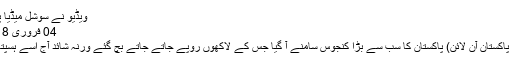
ویڈیو نے سوشل میڈیا پر دھوم مچا دی
04 فروری 2018 (15:40)
راجن پور (ڈیلی پاکستان آن لائن) پاکستان کا سب سے بڑا کنجوس سامنے آ گیا جس کے لاکھوں روپے جاتے جاتے بچ گئے ورنہ شائد آج اسے ہسپتال لے جانا پڑتا۔